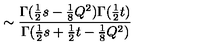
\sim \frac { \Gamma ( \frac { 1 } { 2 } s - \frac { 1 } { 8 } Q ^ { 2 } ) \Gamma ( \frac { 1 } { 2 } t ) } { \Gamma ( \frac { 1 } { 2 } s + \frac { 1 } { 2 } t - \frac { 1 } { 8 } Q ^ { 2 } ) }